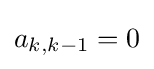
a_{k,k-1}=0